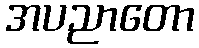
အပညာတော